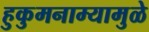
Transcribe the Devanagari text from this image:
हुकुमनाम्यामुळे